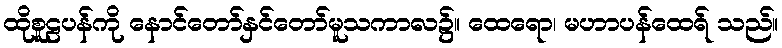
ထိုစူဠပန်ကို နောင်တော်နှင်တော်မူသကာလ၌။ ထေရော၊ မဟာပန်ထေရ် သည်။